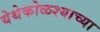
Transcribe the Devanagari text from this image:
येथेकोळश्याच्या